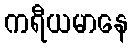
ကရီယမာနေ